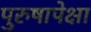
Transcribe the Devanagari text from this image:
पुरुषापेक्षा